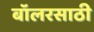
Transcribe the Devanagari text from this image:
बॉलरसाठी